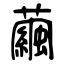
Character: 繭